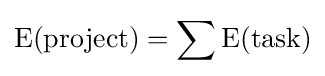
\operatorname {E} ({\text{project}})=\sum {\operatorname {E} ({\text{task}})}